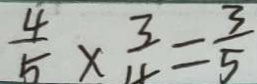
\frac { 4 } { 5 } \times \frac { 3 } { 4 } = \frac { 3 } { 5 }